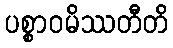
ပစ္စာဝမိဿတီတိ